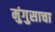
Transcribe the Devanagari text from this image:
मुंगुसाचा